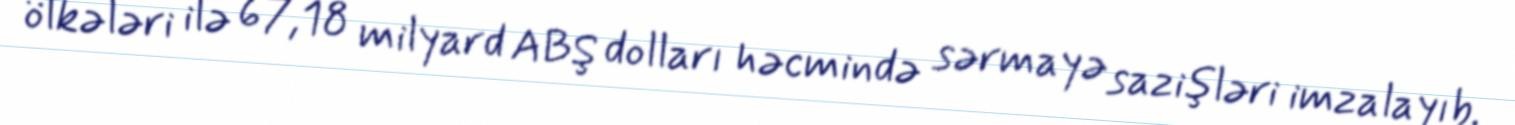
ölkələri ilə 67,18 milyard ABŞ dolları həcmində sərmayə sazişləri imzalayıb.